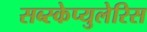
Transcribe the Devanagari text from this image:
सब्स्केप्युलेरिस